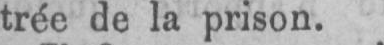
trée de la prison.